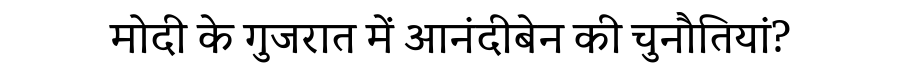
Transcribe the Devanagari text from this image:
मोदी के गुजरात में आनंदीबेन की चुनौतियां?